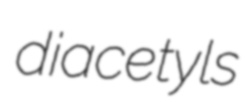
diacetyls